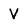
Character: V